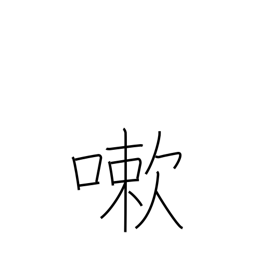
Meaning: wash